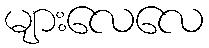
များလေလေ